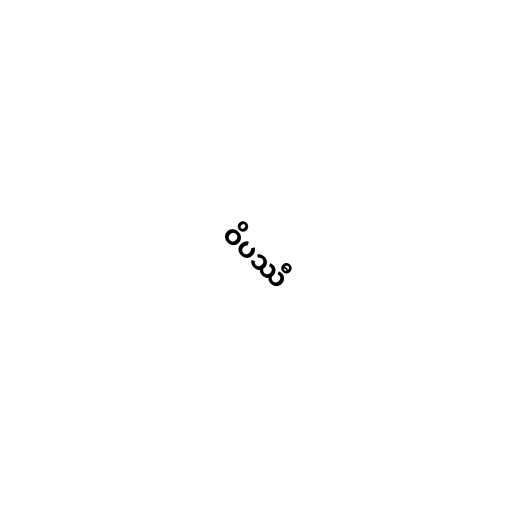
ဝိပဿီ